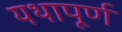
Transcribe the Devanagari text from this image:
यथापूर्ण